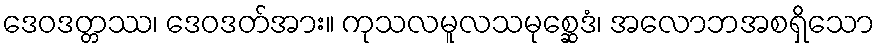
ဒေဝဒတ္တဿ၊ ဒေဝဒတ်အား။ ကုသလမူလသမုစ္ဆေဒံ၊ အလောဘအစရှိသော